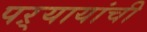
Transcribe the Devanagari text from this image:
पऱ्यायांची